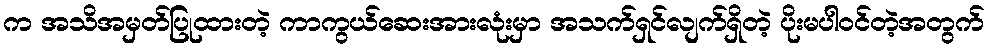
က အသိအမှတ်ပြုထားတဲ့ ကာကွယ်ဆေးအားလုံးမှာ အသက်ရှင်လျက်ရှိတဲ့ ပိုးမပါဝင်တဲ့အတွက်